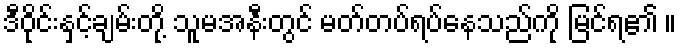
ဒီဝိုင်းနှင့်ချမ်းတို့ သူမအနီးတွင် မတ်တပ်ရပ်နေသည်ကို မြင်ရ၏ ။